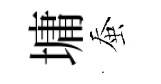
墉蚕